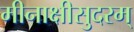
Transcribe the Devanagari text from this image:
मीनाक्षीसुदरम्